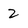
Character: 2